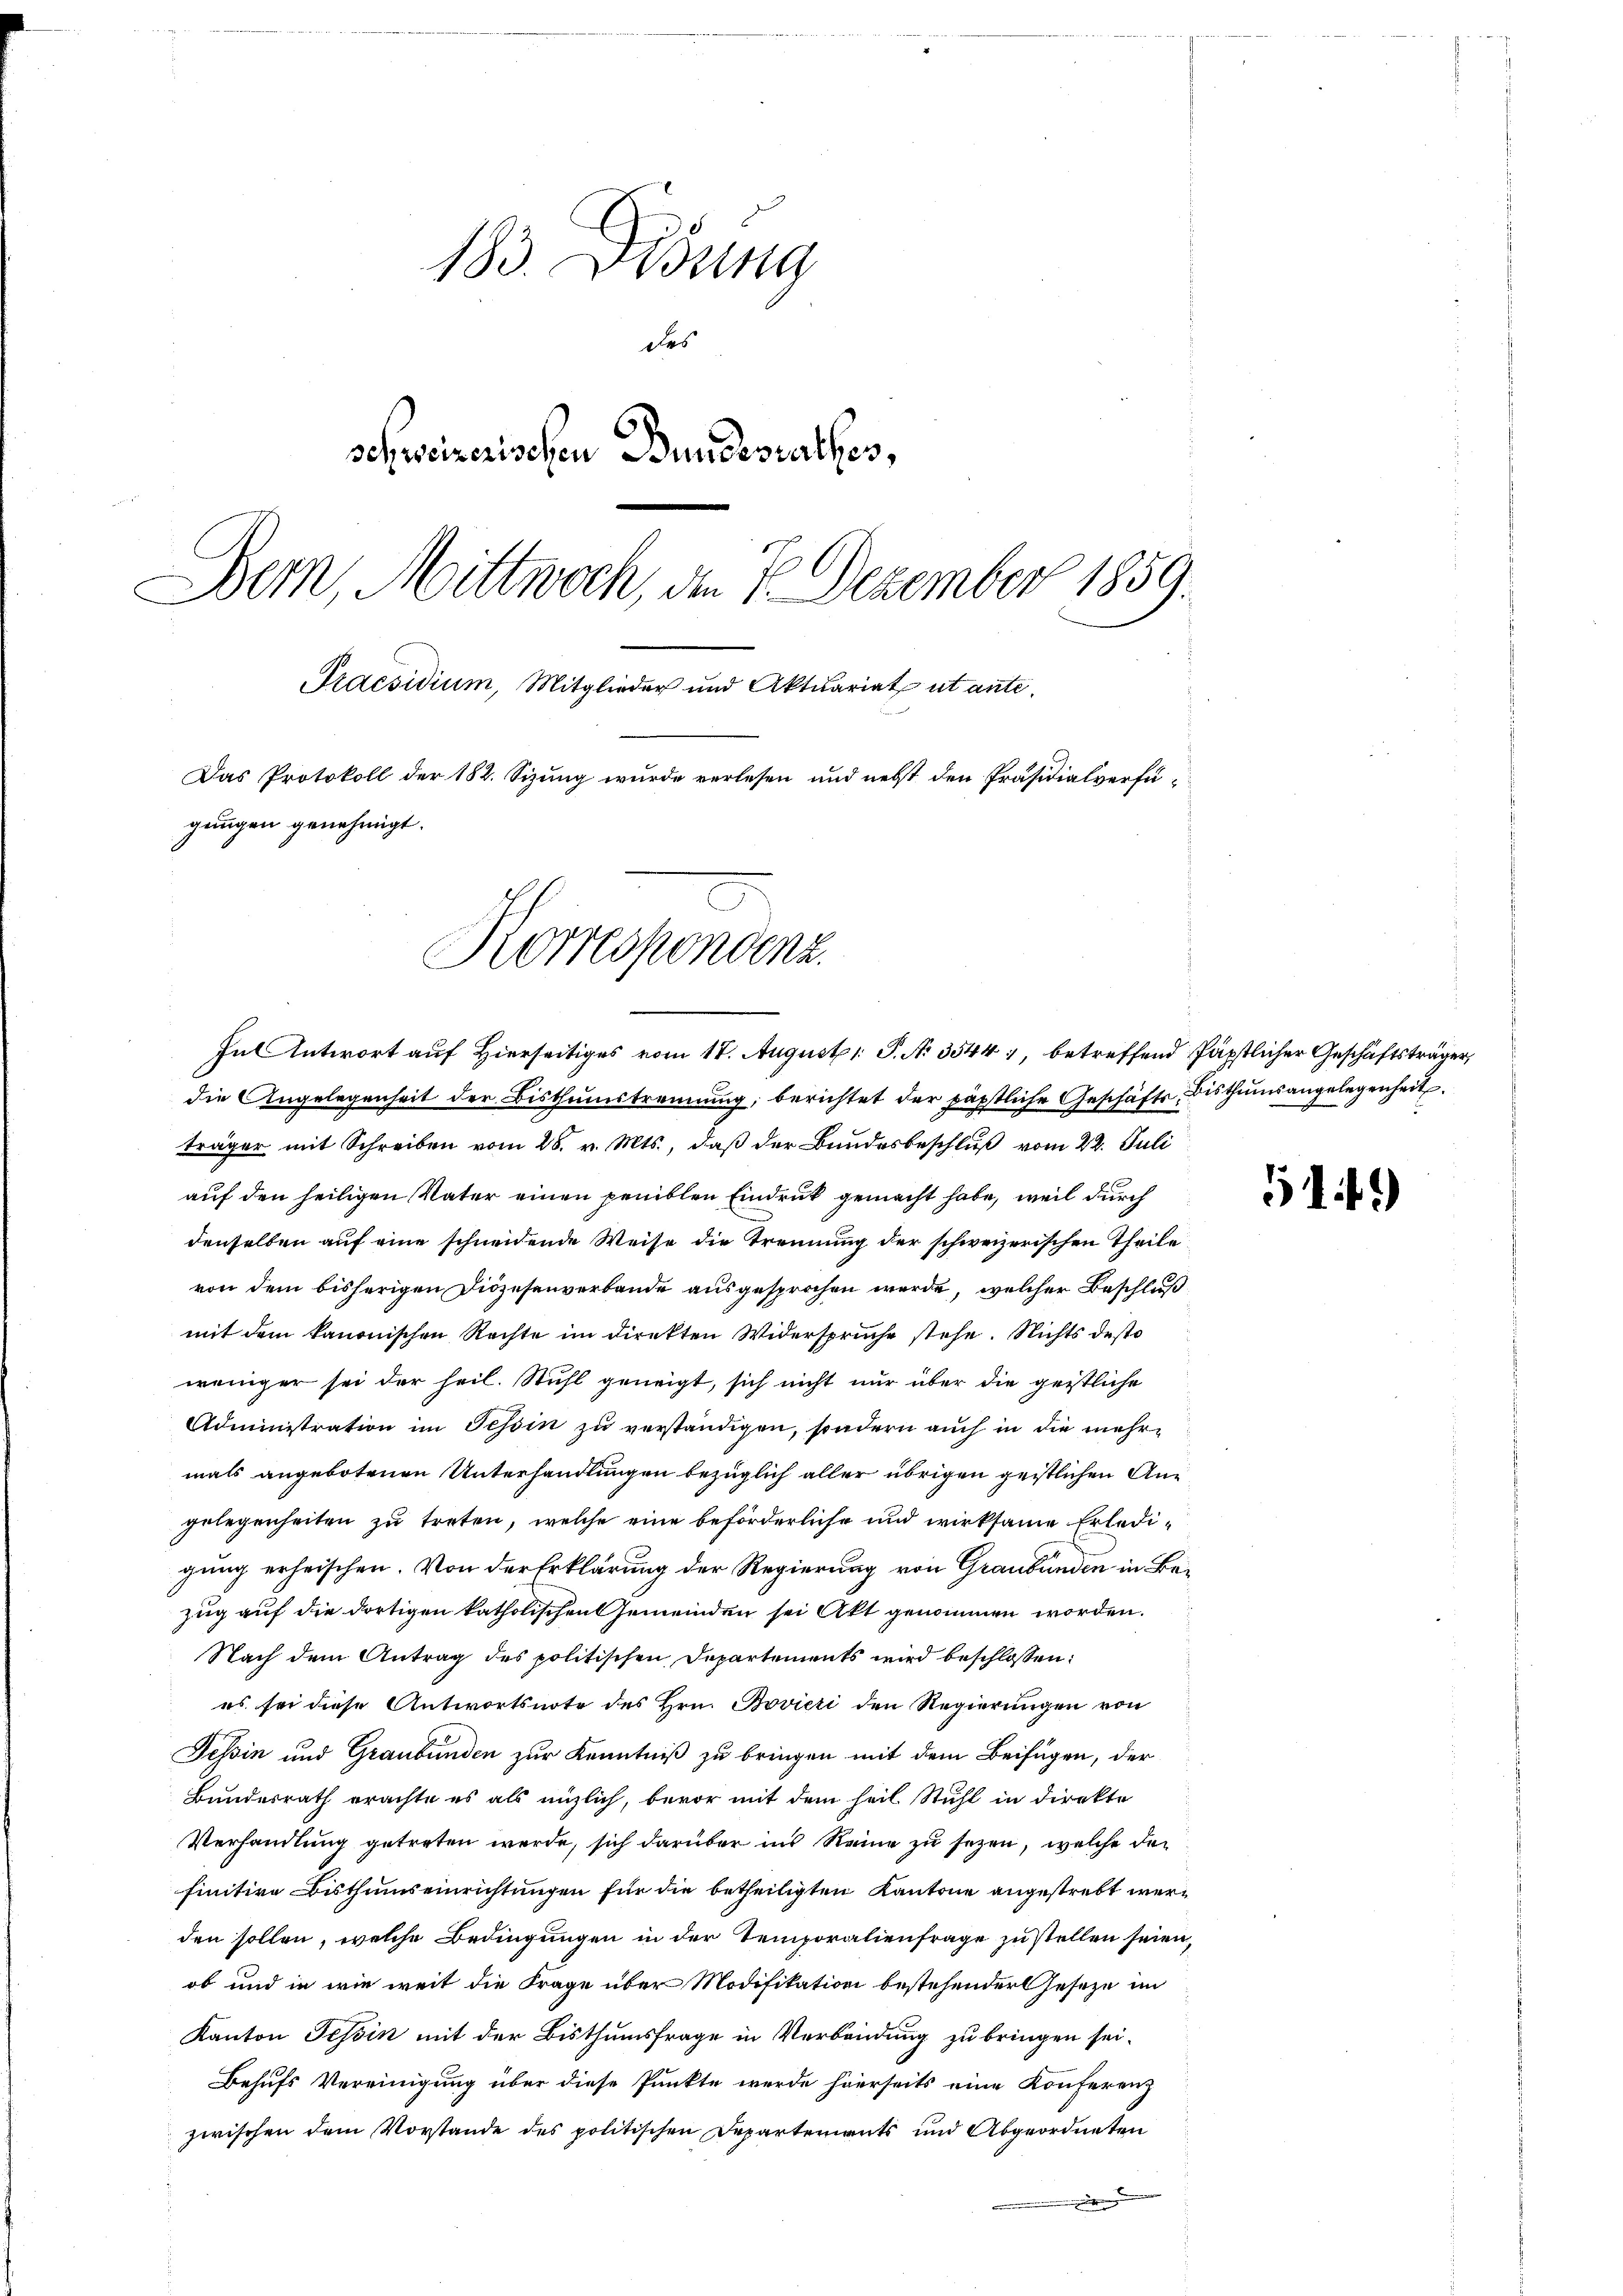
183. Disung
des
schweizerischen Bundesrathes,
Bern, Mittwoch, am 7. Dezember 1859.
Praesidium, Mitglieder und Aktuariat ut ante¬
Das Protokoll der 182. Sizung wurde verlesen und nebst den Präsidialverfügungen genehmigt.
Korrespondenz.

In Antwort auf Hierseitiges vom 18. August 1. P. N. 3544, betreffend Päpstlicher Geschäftsträger,

die Angelegenheit der Bisthumstrennung, berichtet der päpstliche Geschäfts Bisthumsangelegenheit
träger mit Schreiben vom 28. v. Mts., daß der Bundesbeschluß vom 22. Juli
auf den heiligen Vater einen peniblen Eindruck gemacht habe, weil durch
denselben auf eine schneidende Weise die Trennung der schweizerischen Theile
von dem bisherigen Diözesenverbande ausgesprochen werde, welcher Beschluß
mit dem kanonischen Rechte im Direkten Widersprüche stehe. Nichts desto
weniger sei der heil. Stuhl geneigt, sich nicht nur über die geistliche
Administration im Tessin zu verständigen, sondern auch in die mehr-
mals angebotenen Unterhandlungen bezüglich aller übrigen geistlichen Angelegenheiten zu treten, welche eine beförderliche und wirksame Erledigung erheischen. Von der Erklärung der Regierung von Graubünden in Bezug auf die dortigen katholischen Gemeinden sei Akt genommen worden.
Nach dem Antrag des politischen Departements wird beschlossen:
es sei diese Antwortsnote des Hrn. Bovieri den Regierungen von
Tessin und Graubünden zur Kenntniß zu bringen mit dem Beifügen, der
Bundesrath erachte es als nützlich, bevor mit dem heil Stuhl in direkte
Verhandlung getreten werde, sich darüber ins Reine zu sezen, welche der
finitive Bisthumseinrichtungen für die betheiligten Kantone angestrebt werden sollen, welche Bedingungen in der Temporalienfrage zu stellen seien,
ob und in wie weit die Frage über Modifikation bestehender Geseze im
Kanton Tessin mit der Bisthumsfrage in Verbindung zu bringen sei.
Behufs Vereinigung über diese Punkte werde hierseits eine Konferenz
zwischen dem Vorstande des politischen Departements und Abgeordneten
.

51 f.)